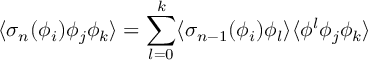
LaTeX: \langle \sigma _ { n } ( \phi _ { i } ) \phi _ { j } \phi _ { k } \rangle = \sum _ { l = 0 } ^ { k } \langle \sigma _ { n - 1 } ( \phi _ { i } ) \phi _ { l } \rangle \langle \phi ^ { l } \phi _ { j } \phi _ { k } \rangle